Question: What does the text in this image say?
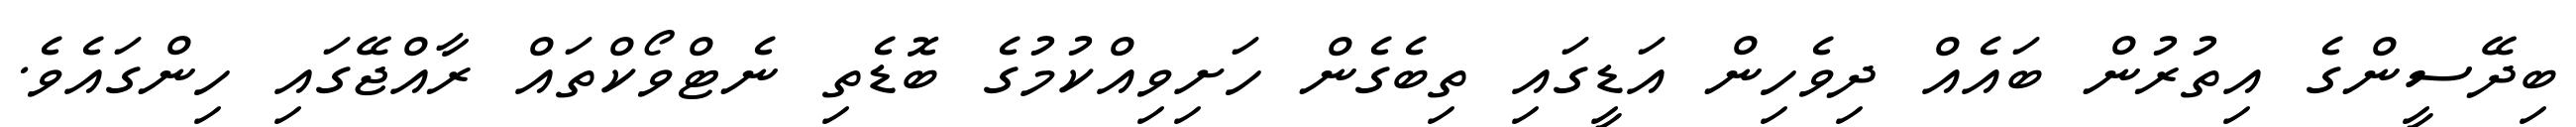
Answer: ބިދޭސީންގެ އިތުރުން ބައެއް ދިވެހިން އަޑީގައި ތިބެގެން ހަށިވިއްކުމުގެ ބޮޑެތި ނެޓްވޯކްތައް ރާއްޖޭގައި ހިންގައެވެ.